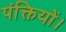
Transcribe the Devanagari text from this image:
पंक्तियों।